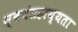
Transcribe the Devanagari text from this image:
स्वयंसहाय्यता